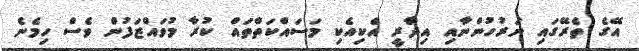
އޭގެ ތެރޭގައި ނަރުހުންނާއި އިދާރީ އެކިއެކި މަސައްކަތްތައް ކުރާ މުވައްޒަފުން ވެސް ހިމެނެ